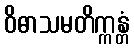
ဝိဓာသမတိက္ကန္တံ